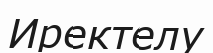
Иректелу